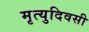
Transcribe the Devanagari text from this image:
मृत्युदिवसी